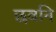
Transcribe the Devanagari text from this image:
छवनि